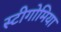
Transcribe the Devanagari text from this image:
स्टीगोमिया